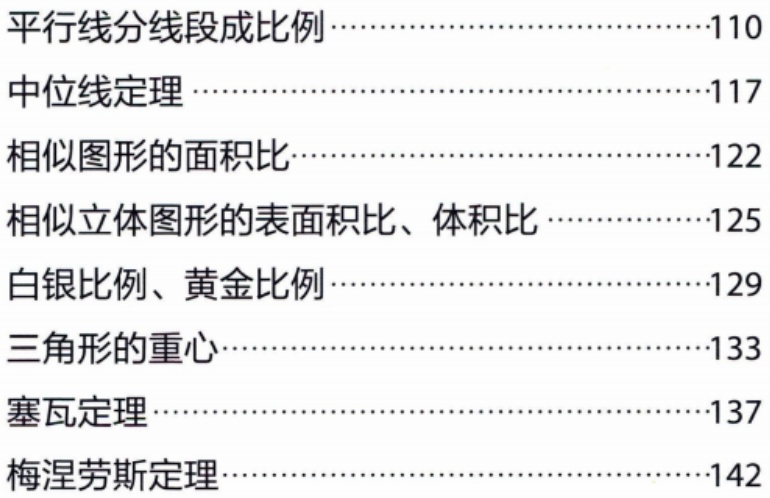
平行线分线段成比例......................................110

中位线定理......................................................117

相似图形的面积比..........................................122

相似立体图形的表面积比、体积比.....................125

白银比例、黄金比例..........................................129

三角形的重心......................................................133

塞瓦定理..........................................................137

梅涅劳斯定理......................................................142